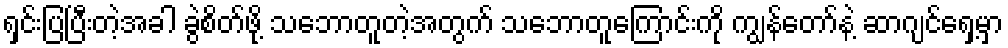
ရှင်းပြပြီးတဲ့အခါ ခွဲစိတ်ဖို့ သဘောတူတဲ့အတွက် သဘောတူကြောင်းကို ကျွန်တော်နဲ့ ဆာဂျင်ရှေ့မှာ